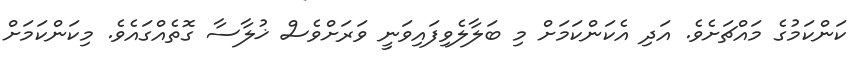
ކަންކަމުގެ މައްޗަށެވެ. އަދި އެކަންކަމަށް މި ބަލާލެވިފައިވަނީ ވަރަށްވެސް ޚުލާސާ ގޮތެއްގައެވެ. މިކަންކަމަށް